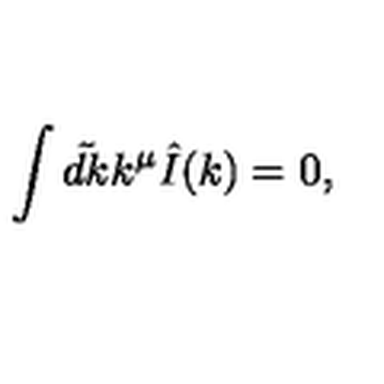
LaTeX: \int \tilde { d k } k ^ { \mu } \hat { I } ( k ) = 0 ,